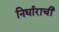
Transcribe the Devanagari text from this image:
निर्धाराची